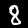
Digit: 8